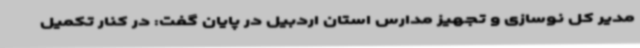
مدیر کل نوسازی و تجهیز مدارس استان اردبیل در پایان گفت: در کنار تکمیل